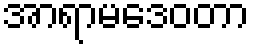
အာရာမဒေဝတာ